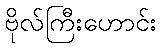
ဗိုလ်ကြီးဟောင်း